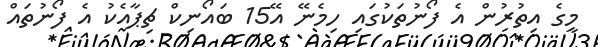
މީގެ އިތުރުން އެ ފޯނުތަކުގައި ހިމެނޭ އޭ15 ބައޯނިކް ޗިޕާއެކު އެ ފޯނުތައް